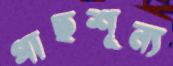
গাছশূন্য